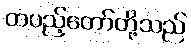
တပည့်တော်တို့သည်